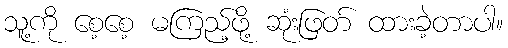
သူ့ကို စေ့စေ့ မကြည့်ဖို့ ဆုံးဖြတ် ထားခဲ့တာပါ။